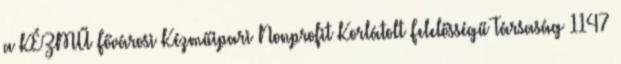
a KÉZMŰ Fővárosi Kézműipari Nonprofit Korlátolt Felelősségű Társaság 1147